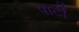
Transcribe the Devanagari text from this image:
पार्टीं